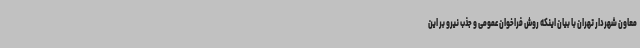
معاون شهردار تهران با بیان اینکه روش فراخوان عمومی و جذب نیرو بر این